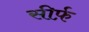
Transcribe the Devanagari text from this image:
सीर्फ़